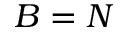
B = N